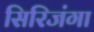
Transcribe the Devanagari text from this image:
सिरिजंगा